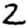
Digit: 2